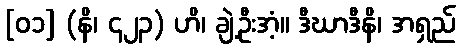
[၀၁] (နိ၊ ၄၂၃) ဟိ၊ ချဲ့ဦးအံ့။ ဒီဃာဒီနိ၊ အရှည်